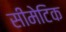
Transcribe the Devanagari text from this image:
सीमेटिक